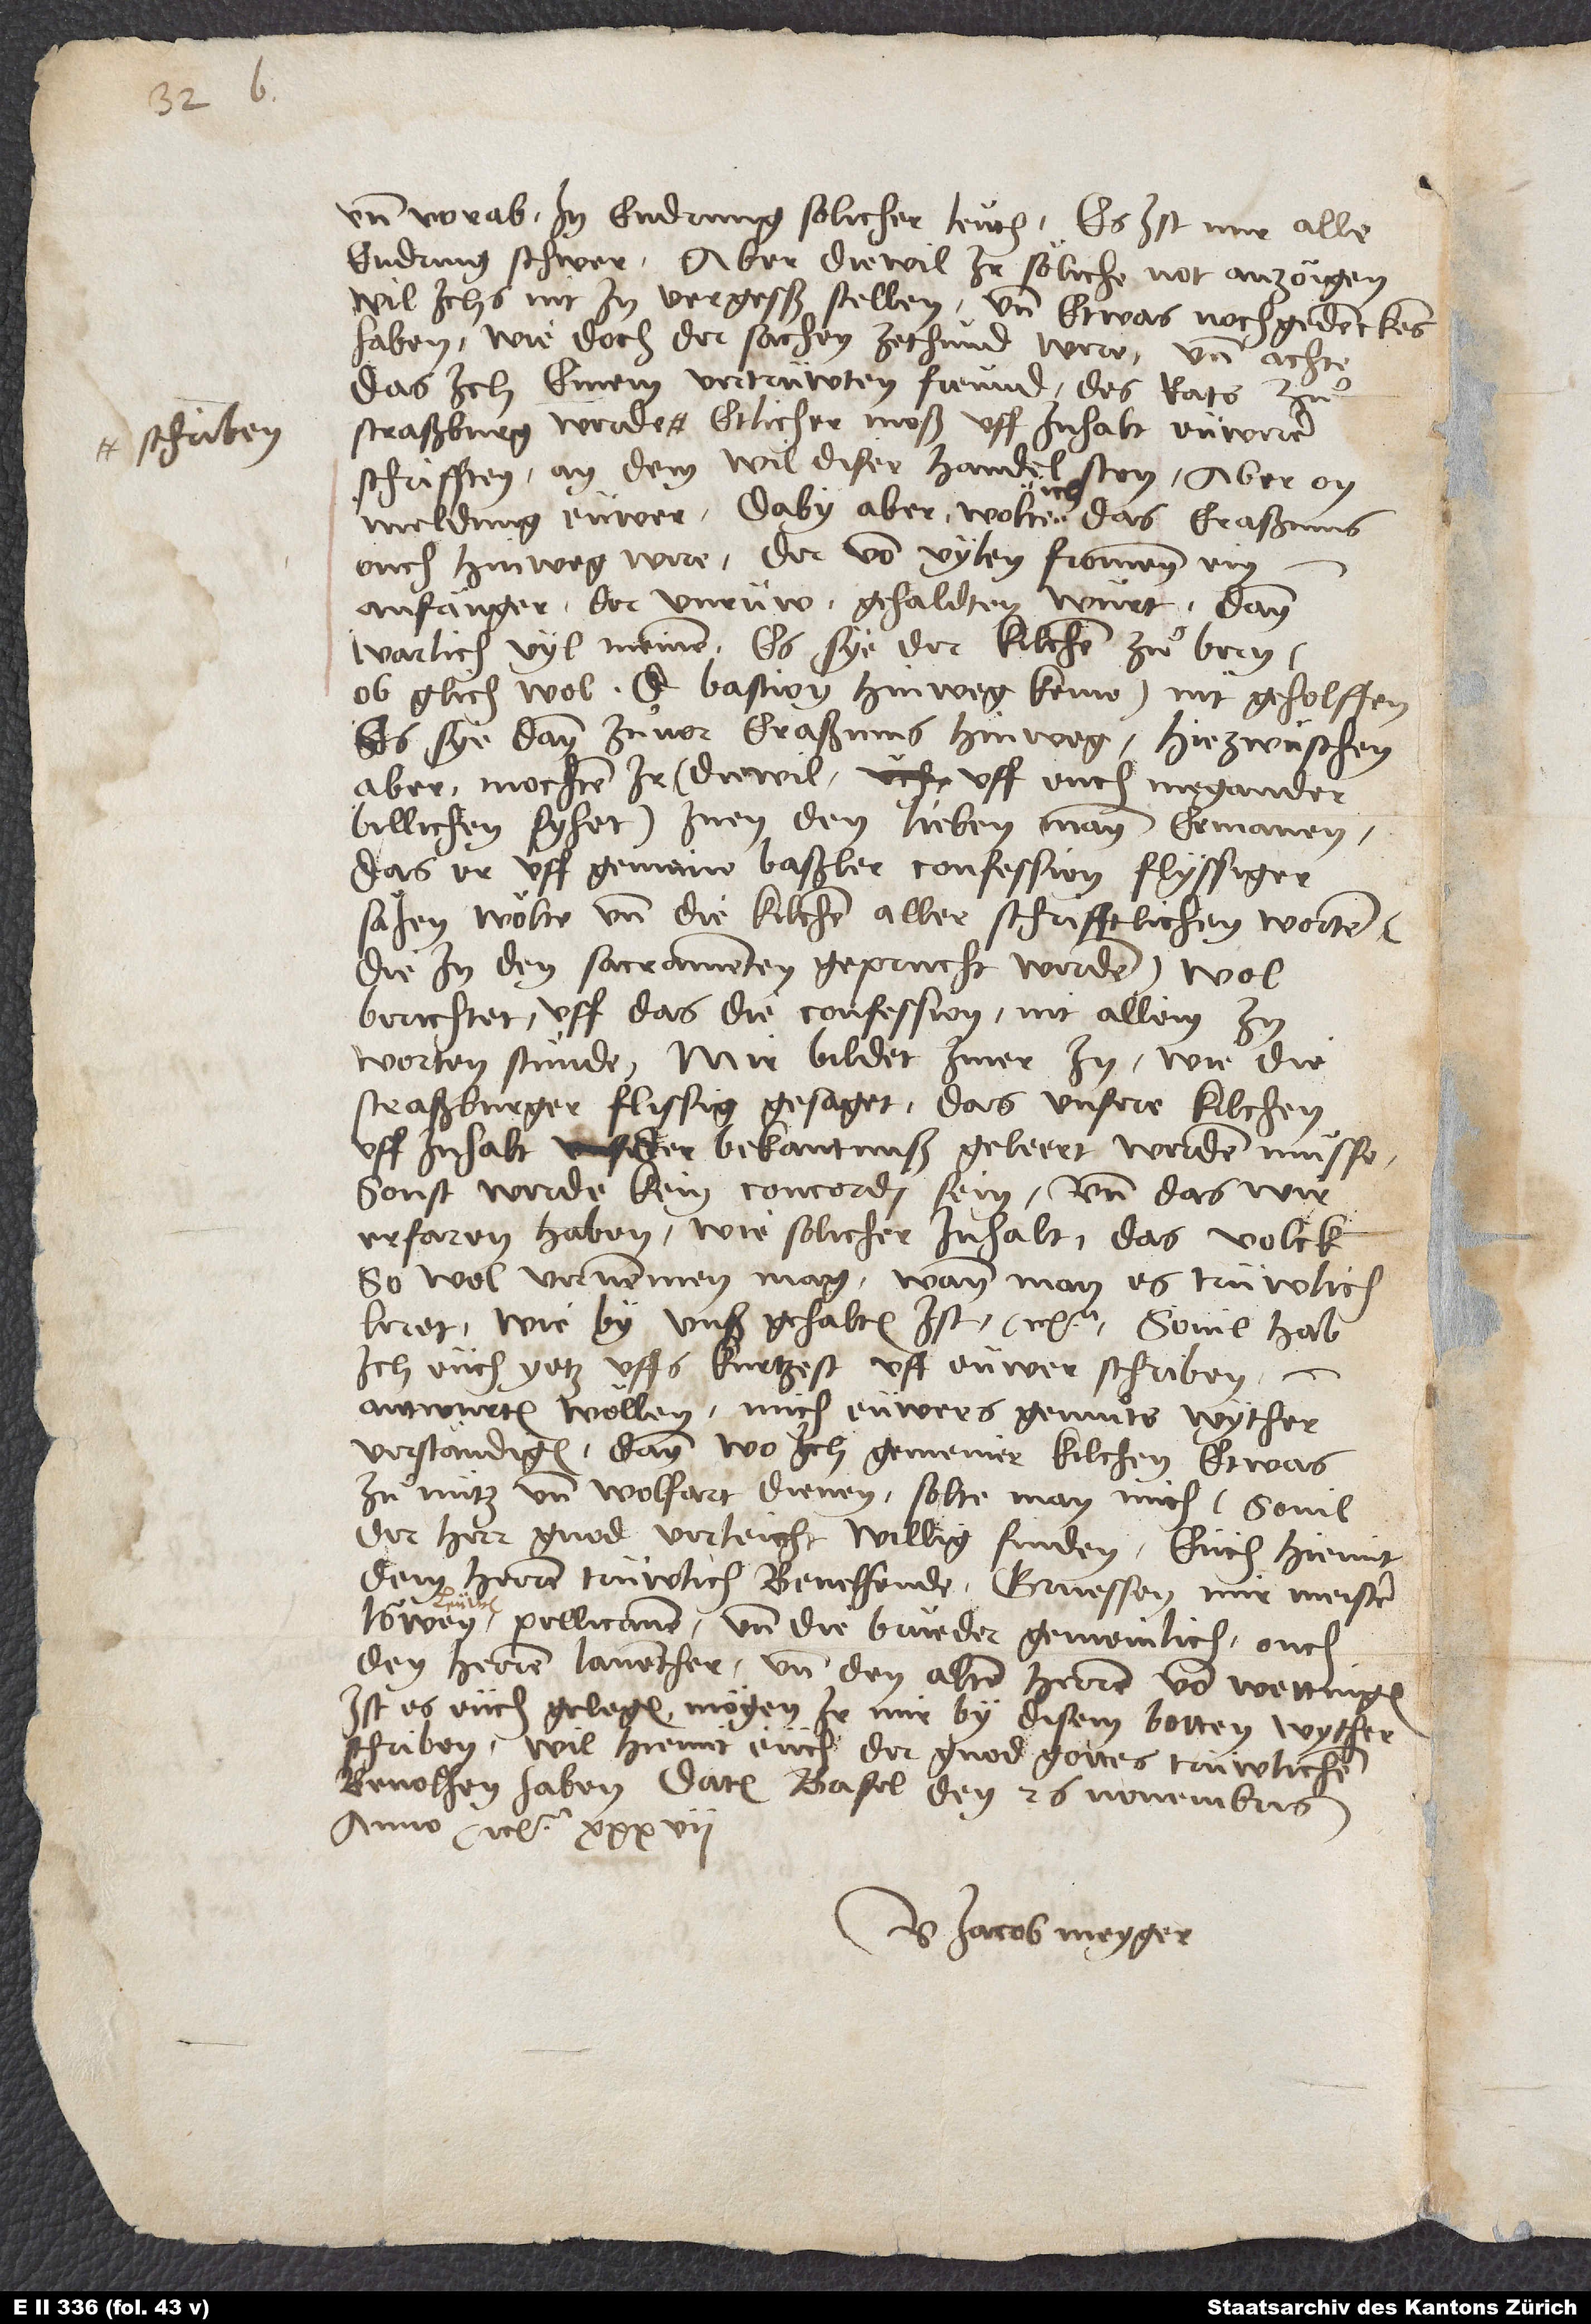
und vorab in endrung solicher leuth. Es ist mir alle
endrung schwer; aber diewil ir söliche not anzöigen,
wil ichs nit in vergesß stellen und etwas nochgedenckens
haben, wie doch der sachen zethund were, und achte,
das ich einem vertrüwten freund des rats zuͦ
Straßburg werde schriben etlicher moß uff inhalt eüwerer
schrifften, an dem wil diser handel ston, aber on
meldung eüwer. Daby aber wolte ich, das Eraßmus
ouch hinweg were, der von vylen frommen ein
anfänger der unrüw gehaldten würt. Dann
warlich vil meinen, es sye der kilchen zuͦ Bern
(ob glich wol doctor Bastion hinweg keme) nit geholfen,
es sye dann zuͦvor Eraßmus hinweg. Hiezwüschen
aber mochten ir (diewil uff euch Megander
billichen syhet) inen, den lieben mann, ermanen,
das er uff gemeine Baßler confession flyssiger
sähen wölte und die kilchen aller schrifftlichen worten
(die in den sacramenten geprucht werden) wol
berichtet, uff das die confession nit allein in
worten stünde. Mir bildet nuer in, wie die
Straßburger flissig gesaget, das unsere kilchen
uff inhalt der bekantnuß geleret werden müsse,
sonst werde kein concordi sein, und das wir
erfaren haben, wie solicher inhalt das volck
so wol vernemmen mag, wann man es trüwlich
leret, wie by unß gehalten ist etc. Sovil hab
ich eüch yetz uffs kurtzest uff eüwer schriben
antwurten wöllen, mich eüwers gemuͦts wyther
verständigen; dann wo ich gemeiner kilchen etwas
zuͦ nütz und wolfart dienen, solte man mich (sovil
der herr gnod verleicht) willig finden. Eüch hiemit
dem herren trüwlich bevelhende. Gruessen mir Meister
Löwen, Pellicanen und die brüeder gemeinlich, ouch
den herren Laventher und den alten herren von Wettingen.
Ist es eüch gelegen, mögen ir mir by disem botten wyther
schriben. Wil hiemit eüch der gnod gottes trüwlichen
bevolhen haben. Datum Basel, den 26. novembris
anno etc.
U Jacob Meyger.